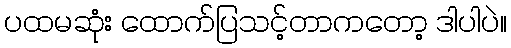
ပထမဆုံး ထောက်ပြသင့်တာကတော့ ဒါပါပဲ။